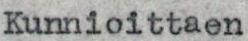
Kunnioittaen